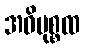
အဓိမုစ္စထ